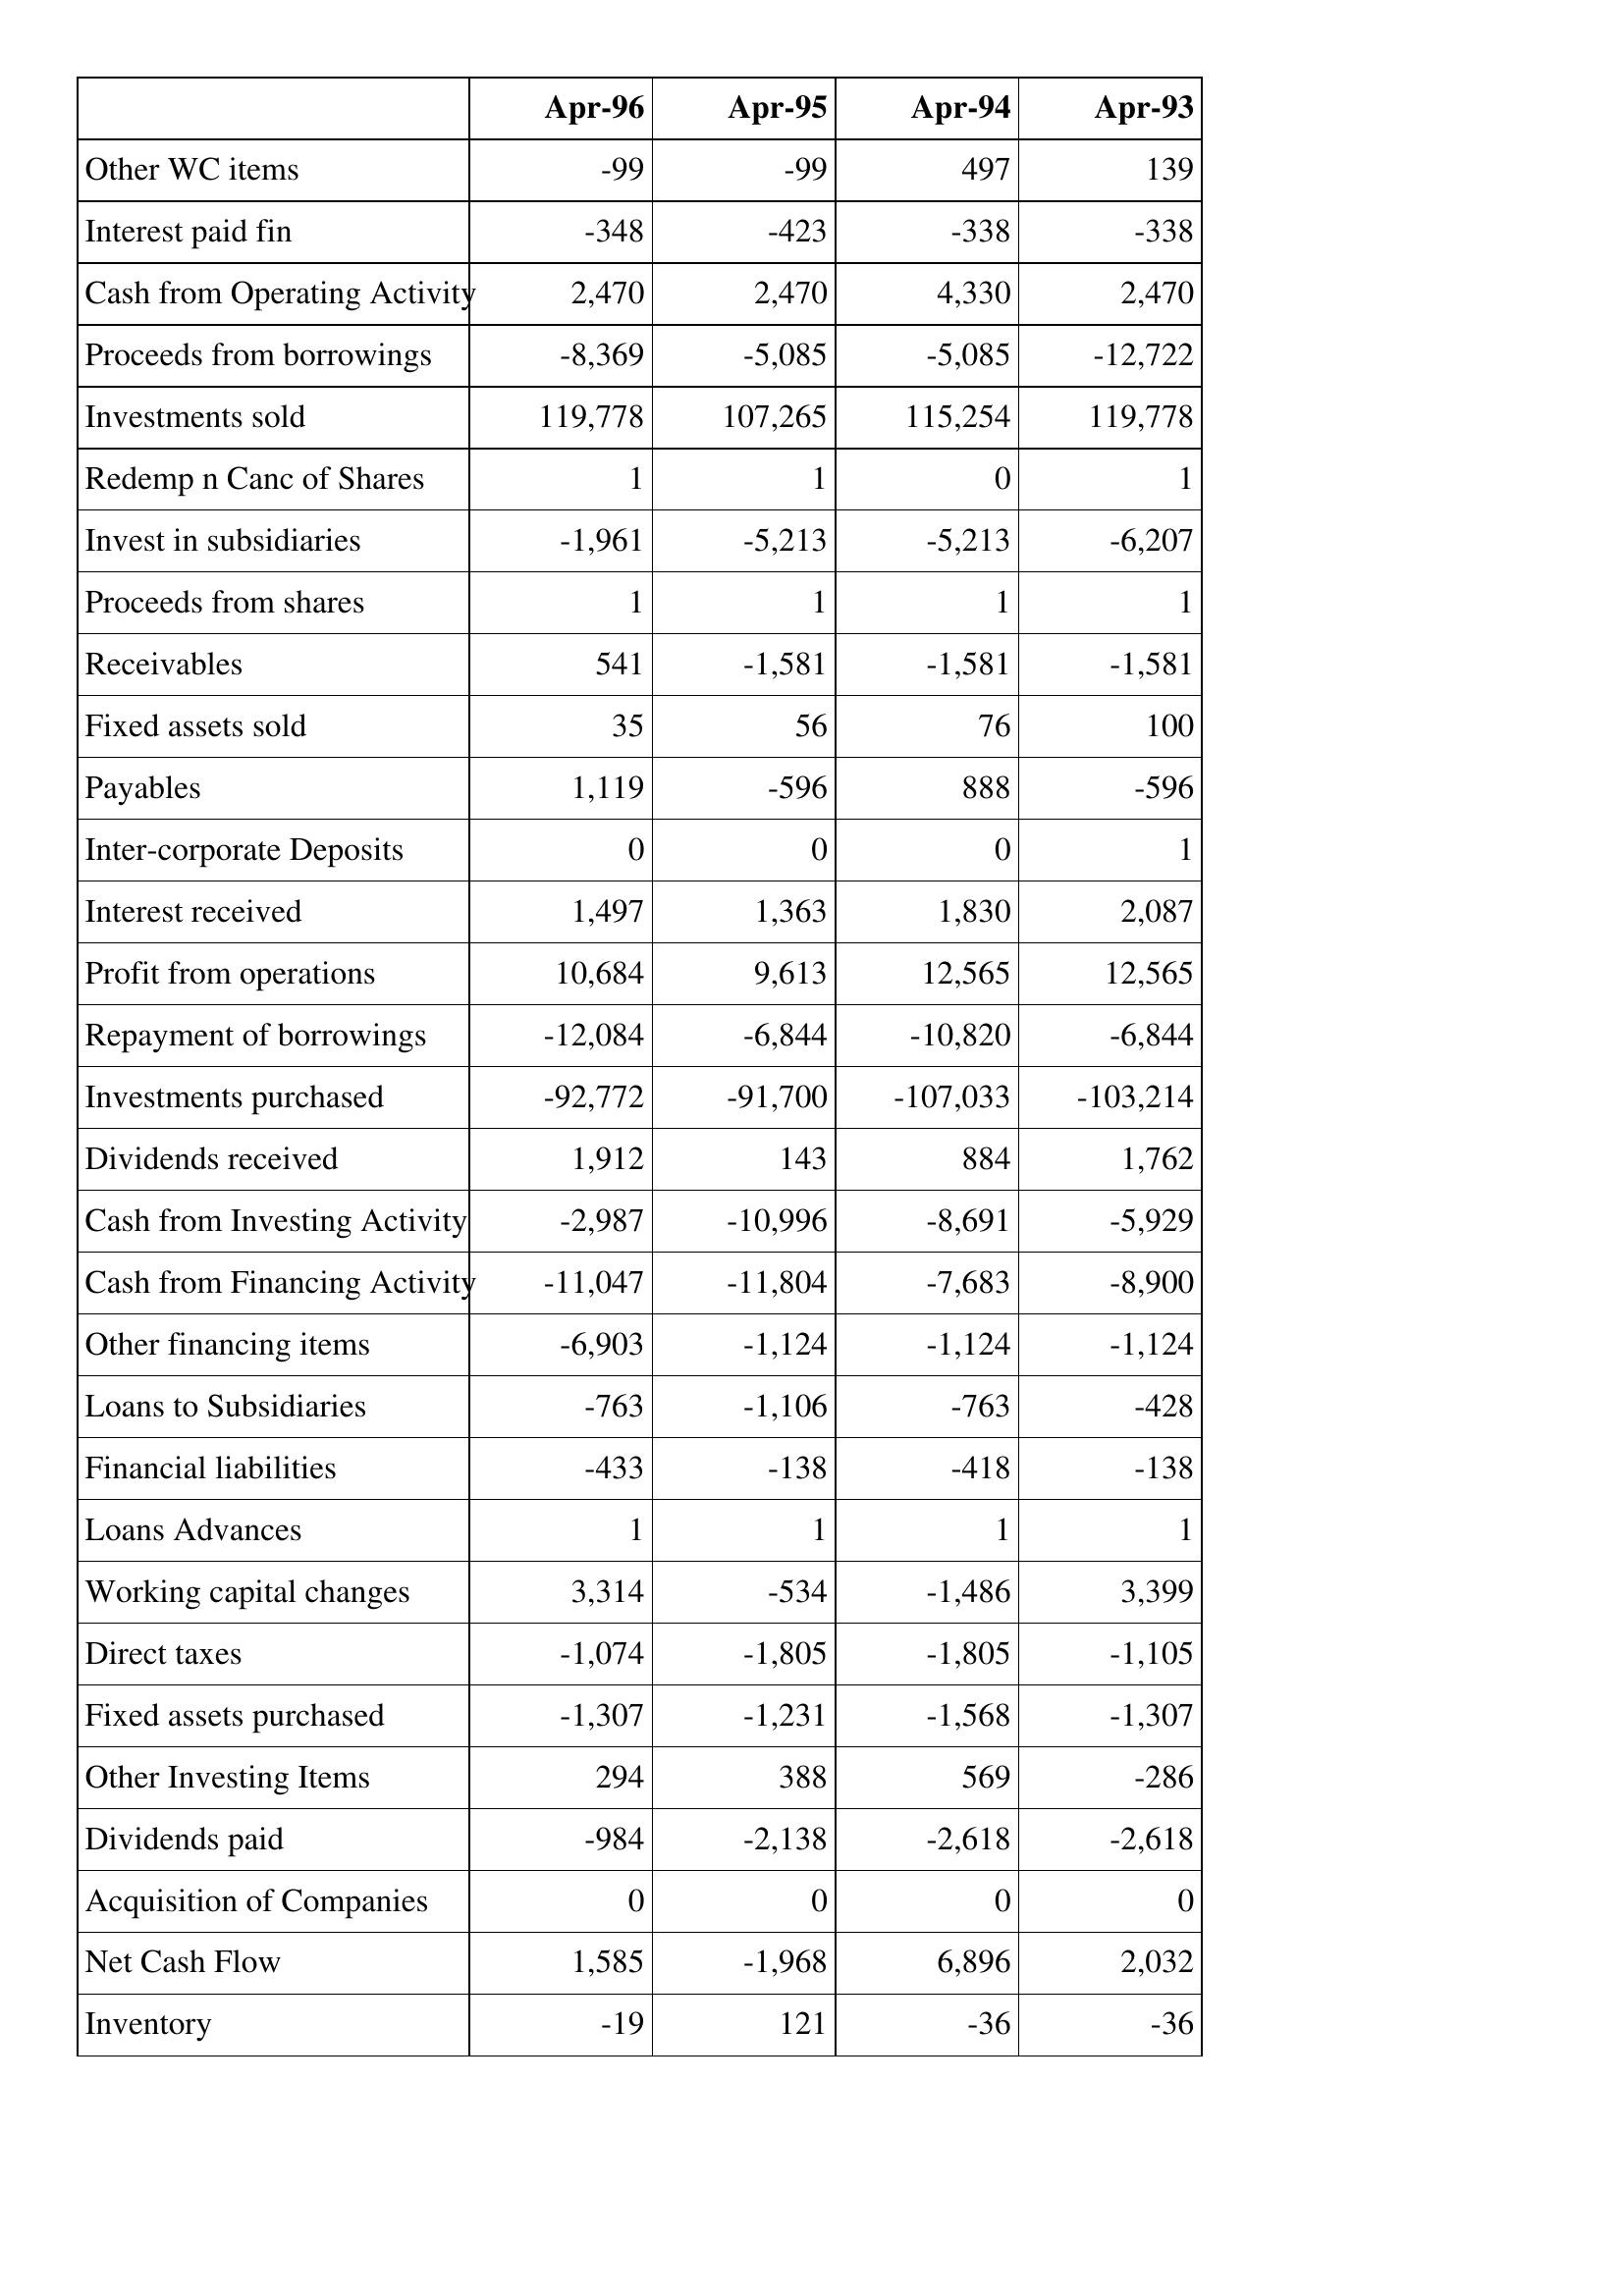
Apr-96: Cash Flows: Other WC items: -99
Interest paid fin: -348
Cash from Operating Activity: 2,470
Proceeds from borrowings: -8,369
Investments sold: 119,778
Redemp n Canc of Shares: 1
Invest in subsidiaries: -1,961
Proceeds from shares: 1
Receivables: 541
Fixed assets sold: 35
Payables: 1,119
Inter-corporate Deposits: 0
Interest received: 1,497
Profit from operations: 10,684
Repayment of borrowings: -12,084
Investments purchased: -92,772
Dividends received: 1,912
Cash from Investing Activity: -2,987
Cash from Financing Activity: -11,047
Other financing items: -6,903
Loans to Subsidiaries: -763
Financial liabilities: -433
Loans Advances: 1
Working capital changes: 3,314
Direct taxes: -1,074
Fixed assets purchased: -1,307
Other Investing Items: 294
Dividends paid: -984
Acquisition of Companies: 0
Net Cash Flow: 1,585
Inventory: -19
Apr-95: Cash Flows: Other WC items: -99
Interest paid fin: -423
Cash from Operating Activity: 2,470
Proceeds from borrowings: -5,085
Investments sold: 107,265
Redemp n Canc of Shares: 1
Invest in subsidiaries: -5,213
Proceeds from shares: 1
Receivables: -1,581
Fixed assets sold: 56
Payables: -596
Inter-corporate Deposits: 0
Interest received: 1,363
Profit from operations: 9,613
Repayment of borrowings: -6,844
Investments purchased: -91,700
Dividends received: 143
Cash from Investing Activity: -10,996
Cash from Financing Activity: -11,804
Other financing items: -1,124
Loans to Subsidiaries: -1,106
Financial liabilities: -138
Loans Advances: 1
Working capital changes: -534
Direct taxes: -1,805
Fixed assets purchased: -1,231
Other Investing Items: 388
Dividends paid: -2,138
Acquisition of Companies: 0
Net Cash Flow: -1,968
Inventory: 121
Apr-94: Cash Flows: Other WC items: 497
Interest paid fin: -338
Cash from Operating Activity: 4,330
Proceeds from borrowings: -5,085
Investments sold: 115,254
Redemp n Canc of Shares: 0
Invest in subsidiaries: -5,213
Proceeds from shares: 1
Receivables: -1,581
Fixed assets sold: 76
Payables: 888
Inter-corporate Deposits: 0
Interest received: 1,830
Profit from operations: 12,565
Repayment of borrowings: -10,820
Investments purchased: -107,033
Dividends received: 884
Cash from Investing Activity: -8,691
Cash from Financing Activity: -7,683
Other financing items: -1,124
Loans to Subsidiaries: -763
Financial liabilities: -418
Loans Advances: 1
Working capital changes: -1,486
Direct taxes: -1,805
Fixed assets purchased: -1,568
Other Investing Items: 569
Dividends paid: -2,618
Acquisition of Companies: 0
Net Cash Flow: 6,896
Inventory: -36
Apr-93: Cash Flows: Other WC items: 139
Interest paid fin: -338
Cash from Operating Activity: 2,470
Proceeds from borrowings: -12,722
Investments sold: 119,778
Redemp n Canc of Shares: 1
Invest in subsidiaries: -6,207
Proceeds from shares: 1
Receivables: -1,581
Fixed assets sold: 100
Payables: -596
Inter-corporate Deposits: 1
Interest received: 2,087
Profit from operations: 12,565
Repayment of borrowings: -6,844
Investments purchased: -103,214
Dividends received: 1,762
Cash from Investing Activity: -5,929
Cash from Financing Activity: -8,900
Other financing items: -1,124
Loans to Subsidiaries: -428
Financial liabilities: -138
Loans Advances: 1
Working capital changes: 3,399
Direct taxes: -1,105
Fixed assets purchased: -1,307
Other Investing Items: -286
Dividends paid: -2,618
Acquisition of Companies: 0
Net Cash Flow: 2,032
Inventory: -36